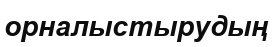
орналыстырудың